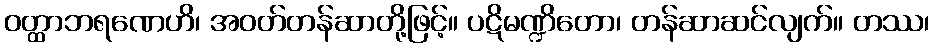
ဝတ္ထာဘရဏေဟိ၊ အဝတ်တန်ဆာတို့ဖြင့်။ ပဋိမဏ္ဍိတော၊ တန်ဆာဆင်လျက်။ တဿ၊